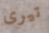
تيرى